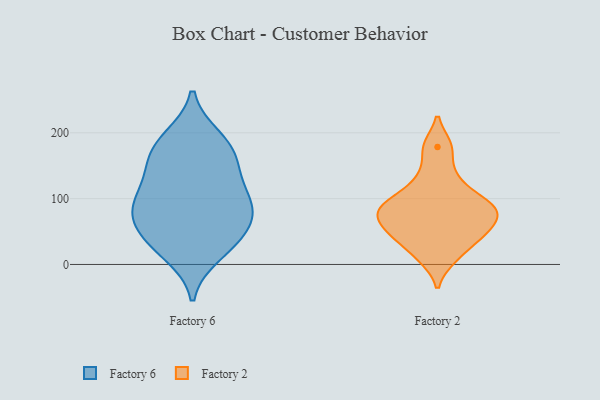
{"axis": {"x": "Headcount", "y": "Value"}, "legend": ["Factory 2", "Factory 6"], "data": [{"x": "", "y": 78, "type": "Factory 6"}, {"x": "", "y": 184, "type": "Factory 6"}, {"x": "", "y": 159, "type": "Factory 6"}, {"x": "", "y": 132, "type": "Factory 6"}, {"x": "", "y": 172, "type": "Factory 6"}, {"x": "", "y": 16, "type": "Factory 6"}, {"x": "", "y": 78, "type": "Factory 6"}, {"x": "", "y": 192, "type": "Factory 6"}, {"x": "", "y": 83, "type": "Factory 6"}, {"x": "", "y": 132, "type": "Factory 6"}, {"x": "", "y": 97, "type": "Factory 6"}, {"x": "", "y": 90, "type": "Factory 6"}, {"x": "", "y": 50, "type": "Factory 6"}, {"x": "", "y": 33, "type": "Factory 6"}, {"x": "", "y": 34, "type": "Factory 6"}, {"x": "", "y": 74, "type": "Factory 2"}, {"x": "", "y": 12, "type": "Factory 2"}, {"x": "", "y": 95, "type": "Factory 2"}, {"x": "", "y": 86, "type": "Factory 2"}, {"x": "", "y": 133, "type": "Factory 2"}, {"x": "", "y": 10, "type": "Factory 2"}, {"x": "", "y": 60, "type": "Factory 2"}, {"x": "", "y": 71, "type": "Factory 2"}, {"x": "", "y": 93, "type": "Factory 2"}, {"x": "", "y": 178, "type": "Factory 2"}, {"x": "", "y": 100, "type": "Factory 2"}, {"x": "", "y": 83, "type": "Factory 2"}, {"x": "", "y": 179, "type": "Factory 2"}, {"x": "", "y": 41, "type": "Factory 2"}, {"x": "", "y": 80, "type": "Factory 2"}, {"x": "", "y": 129, "type": "Factory 2"}, {"x": "", "y": 42, "type": "Factory 2"}, {"x": "", "y": 48, "type": "Factory 2"}, {"x": "", "y": 46, "type": "Factory 2"}]}